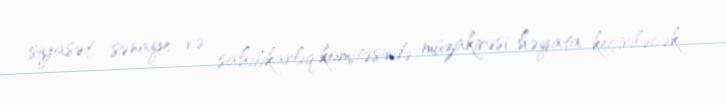
siyasət, sənaye və sahibkarlıq komitəsində müzakirəsi həyata keçiriləcək.